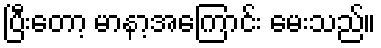
ပြီးတော့ မာနာ့အကြောင်း မေးသည်။